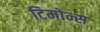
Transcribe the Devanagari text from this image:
टिमोन्स